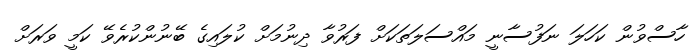
ހާސްވުން ކަހަލަ ނަފުސާނީ މައްސަލަތަކަށް ފަރުވާ ދިނުމަށް ކުލައިގެ ބޭނުންކުރެވޭ ކަމީ ވަރަށް